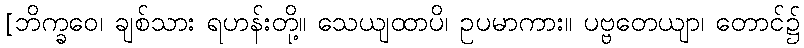
[ဘိက္ခဝေ၊ ချစ်သား ရဟန်းတို့။ သေယျထာပိ၊ ဥပမာကား။ ပဗ္ဗတေယျာ၊ တောင်၌